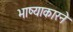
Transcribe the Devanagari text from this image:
भाष्याकारने